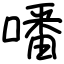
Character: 噃